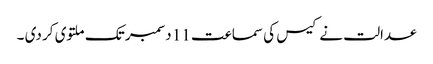
عدالت نے کیس کی سماعت 11 دسمبر تک ملتوی کر دی ۔